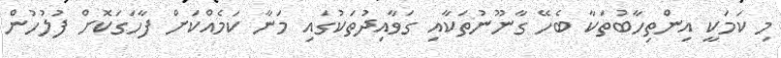
މި ކަމަކީ އިންތިހާބުތަކާ ބެހޭ ގާނޫނުތަކާއި ގަވާއިދުތަކުގައި މަނާ ކަމެއްކަށް ފާހަގަކޮށް ފުލުހުން